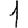
Digit: 1